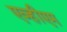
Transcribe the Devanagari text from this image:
एव्हीएम